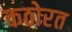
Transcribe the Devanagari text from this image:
कठोरत